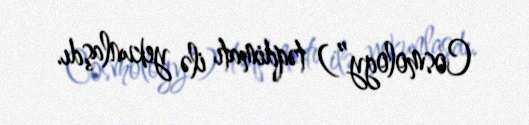
Cosmology”) təqdimatı ilə yekunlaşdı.